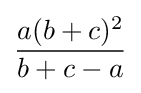
{\frac {a(b+c)^{2}}{b+c-a}}